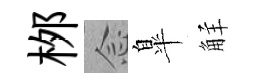
桞𫝹臯觧